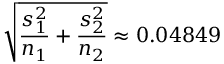
{ \sqrt { { \frac { s _ { 1 } ^ { 2 } } { n _ { 1 } } } + { \frac { s _ { 2 } ^ { 2 } } { n _ { 2 } } } } } \approx 0 . 0 4 8 4 9